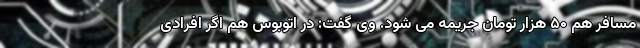
مسافر هم ۵۰ هزار تومان جریمه می شود. وی گفت: در اتوبوس هم اگر افرادی